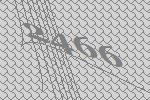
2466